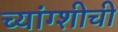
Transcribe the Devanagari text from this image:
च्यांग्शीची